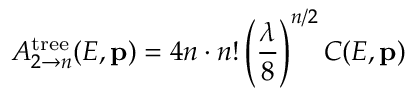
A _ { 2 \to n } ^ { \mathrm { t r e e } } ( E , { \bf p } ) = 4 n \cdot n ! \left( { \frac { \lambda } { 8 } } \right) ^ { n / 2 } C ( E , { \bf p } )